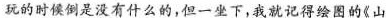
玩的时候倒是没有什么的，但一坐下，我就记得绘图的《山